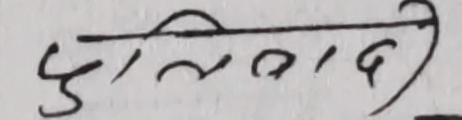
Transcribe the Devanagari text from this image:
हुलिवादी